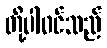
တို့ပါဝင်သည်